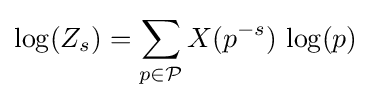
\log(Z_{s})=\sum _{p\in {\mathcal {P}}}X(p^{-s})\,\log(p)